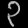
Digit: ၃